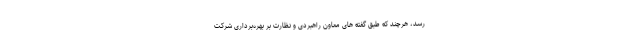
رسد، هرچند که طبق گفته های معاون راهبردی و نظارت بر بهره‌برداری شرکت